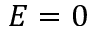
E = 0